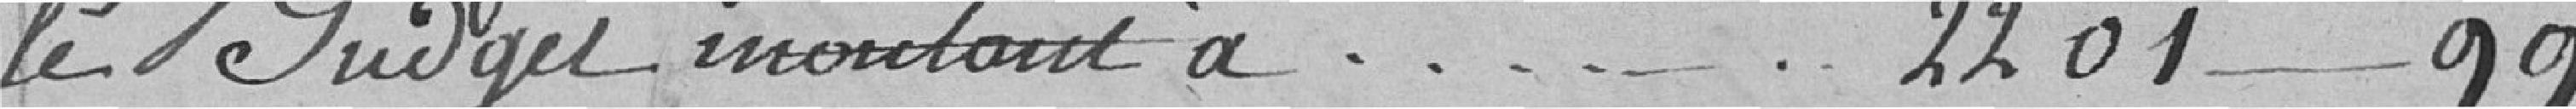
le budget montant à - - - - - - 2201 - 99